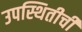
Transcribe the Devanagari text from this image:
उपस्थितीची